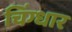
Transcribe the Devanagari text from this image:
चिंग्धार